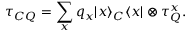
\tau _ { C Q } = \sum _ { x } q _ { x } | x \rangle _ { C } \langle x | \otimes \tau _ { Q } ^ { x } .